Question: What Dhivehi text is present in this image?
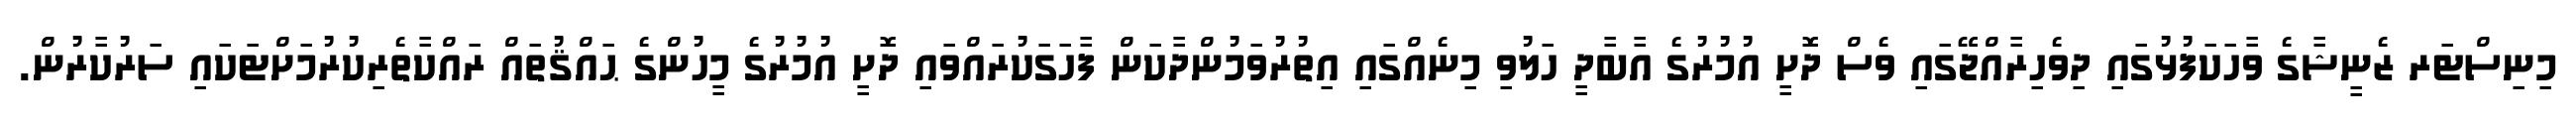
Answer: މިނިސްޓަރ ޒެނީޝާގެ ވާހަކަފުޅުގައި ދިވެހިރާއްޖޭގައި ވެސް ދޮށީ އުމުރުގެ އާބާދީ ހަލުވި މިނެއްގައި އިތުރުވަމުންދާކަން ފާހަގަކުރައްވައި ދޮށީ އުމުރުގެ މީހުންގެ ޙައްޤުތައް ރައްކާތެރިކުރުމަށްޓަކައި ސަރުކާރުން.